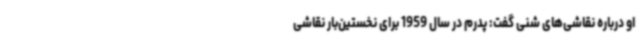
او درباره نقاشی‌های شنی گفت: پدرم در سال 1959 برای نخستین‌بار نقاشی